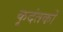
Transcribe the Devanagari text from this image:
कृदंतकों